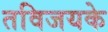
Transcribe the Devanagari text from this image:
तविजयके